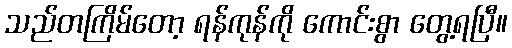
သည်တကြိမ်တော့ ရန်ကုန်ကို ကောင်းစွာ တွေ့ရပြီ။